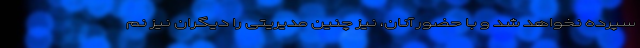
سپرده نخواهد شد و با حضور آنان، نیز چنین مدیریتی را دیگران نیز نم